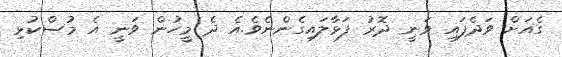
ގެއަށް ވަދެފައި ވަނީ ދޮރު ފަޅާލައިގެންނެވެ.އެ ދެ މީހުން ވަނީ އެ މުސްކުޅި